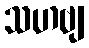
သဟဗျ